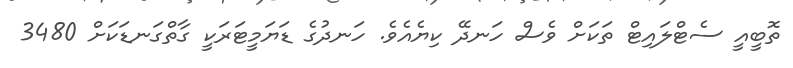
ތޮބީއީ ސެޓްލައިޓް ތަކަށް ވެސް ހަނދޭ ކިޔެއެވެ. ހަނދުގެ ޑަޔަމީޓަރަކީ ގާތްގަނޑަކަށް 3480